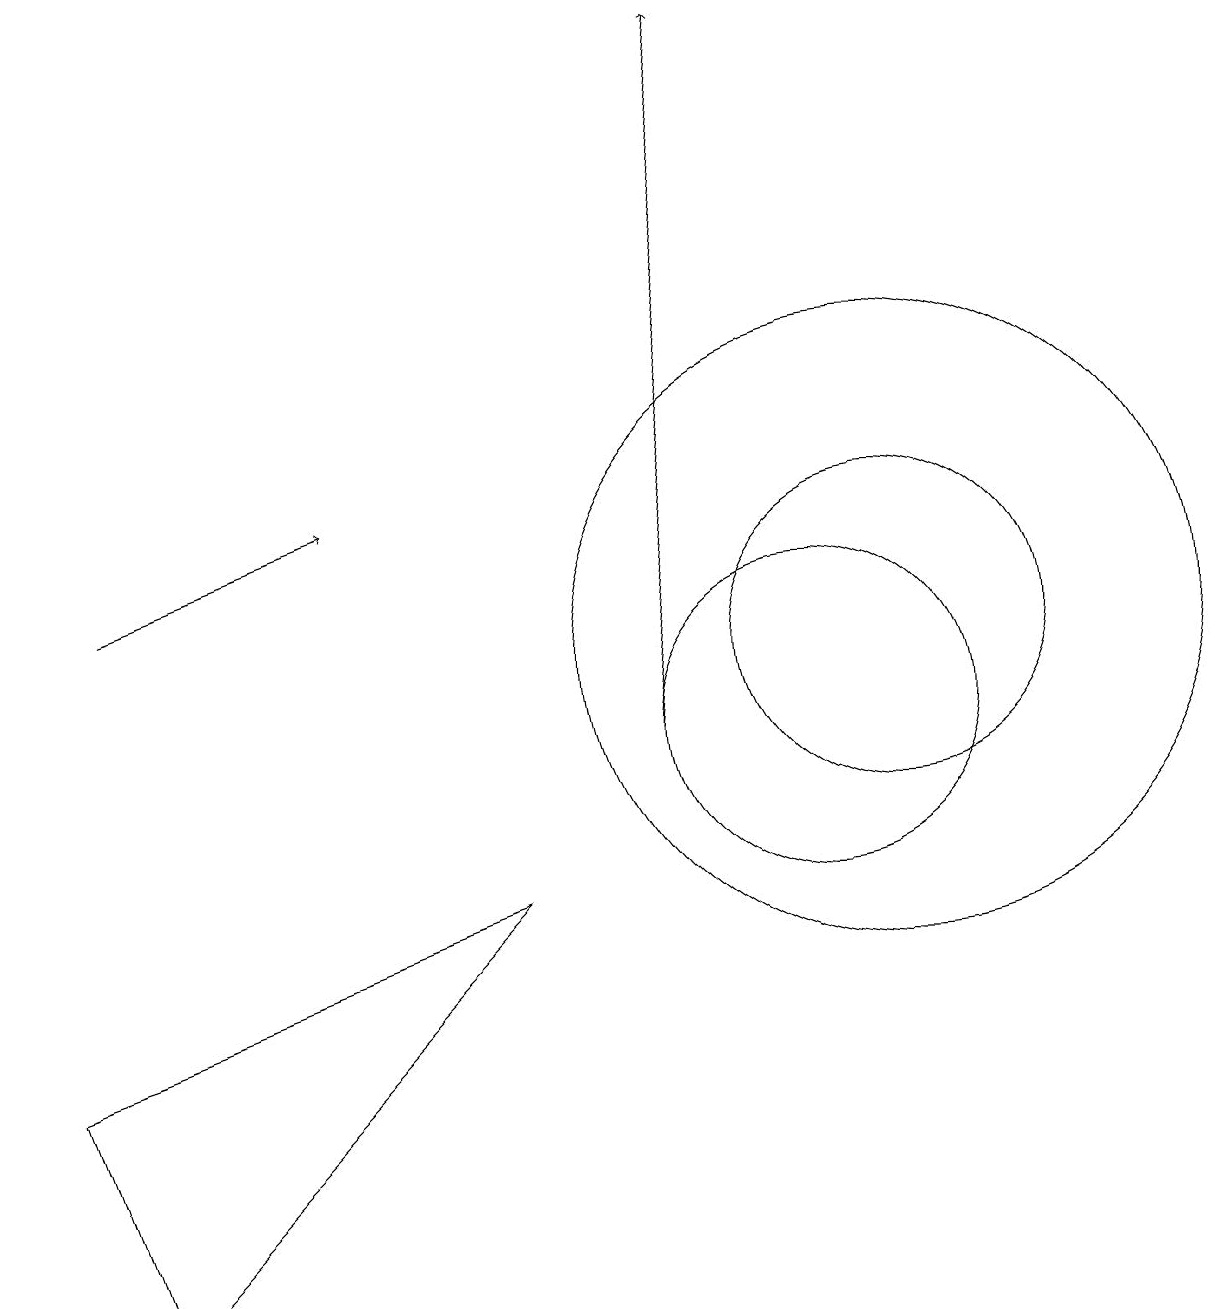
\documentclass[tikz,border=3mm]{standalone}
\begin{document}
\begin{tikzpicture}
\draw (11,11) circle (4);
\draw[->] (1,12) -- (4,13);
\draw (0,6) -- (6,8) -- (1,3) -- cycle;
\draw (11,11) circle (2);
\draw[->] (8,10) -- (9,19);
\draw (10,10) circle (2);
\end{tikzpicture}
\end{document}